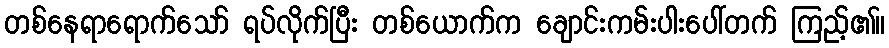
တစ်နေရာရောက်သော် ရပ်လိုက်ပြီး တစ်ယောက်က ချောင်းကမ်းပါးပေါ်တက် ကြည့်၏။